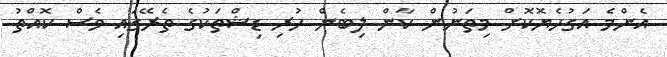
އެންމެ އަގުހެޔޮކޮށް މިތަނުން ކާން ލިބެން ހުރި ޑިޝްތަކުގެ ތެރޭގައި ވެސް ކޮއްތު